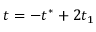
t = - t ^ { * } + 2 t _ { 1 }